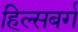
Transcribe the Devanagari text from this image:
हिल्सबर्ग